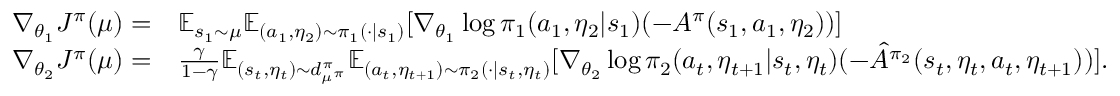
\begin{array} { r l } { \nabla _ { \theta _ { 1 } } J ^ { \pi } ( \mu ) = } & { \mathbb { E } _ { s _ { 1 } \sim \mu } \mathbb { E } _ { ( a _ { 1 } , \eta _ { 2 } ) \sim \pi _ { 1 } ( \cdot | s _ { 1 } ) } [ \nabla _ { \theta _ { 1 } } \log \pi _ { 1 } ( a _ { 1 } , \eta _ { 2 } | s _ { 1 } ) ( - A ^ { \pi } ( s _ { 1 } , a _ { 1 } , \eta _ { 2 } ) ) ] } \\ { \nabla _ { \theta _ { 2 } } J ^ { \pi } ( \mu ) = } & { \frac { \gamma } { 1 - \gamma } \mathbb { E } _ { ( s _ { t } , \eta _ { t } ) \sim d _ { \mu ^ { \pi } } ^ { \pi } } \mathbb { E } _ { ( a _ { t } , \eta _ { t + 1 } ) \sim \pi _ { 2 } ( \cdot | s _ { t } , \eta _ { t } ) } [ \nabla _ { \theta _ { 2 } } \log \pi _ { 2 } ( a _ { t } , \eta _ { t + 1 } | s _ { t } , \eta _ { t } ) ( - \hat { A } ^ { \pi _ { 2 } } ( s _ { t } , \eta _ { t } , a _ { t } , \eta _ { t + 1 } ) ) ] . } \end{array}